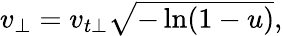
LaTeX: \begin{array}{r}{v_{\perp}=v_{t\perp}\sqrt{-\ln(1-u)},}\end{array}